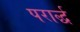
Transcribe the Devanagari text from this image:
परार्द्ध